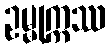
ဥမ္မုက္ကဿ